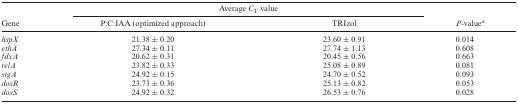
|  | <COLSPAN=3> Average CT value |
 | Gene | P:C:IAA (optimized approach) | TRIzol | P-valuea |
 | --- | --- | --- | --- |
 | hspX | 21.38 ± 0.20 | 23.60 ± 0.91 | 0.014 |
 | ethA | 27.34 ± 0.11 | 27.74 ± 1.13 | 0.608 |
 | fdxA | 20.62 ± 0.31 | 20.45 ± 0.56 | 0.663 |
 | relA | 23.82 ± 0.33 | 25.08 ± 0.89 | 0.081 |
 | sigA | 24.92 ± 0.15 | 24.70 ± 0.52 | 0.093 |
 | dosR | 23.73 ± 0.36 | 25.13 ± 0.82 | 0.053 |
 | dosS | 24.92 ± 0.32 | 26.53 ± 0.76 | 0.028 |